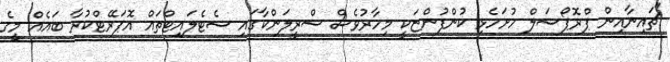
"ޗައިނާއިން ޕްރޮޕޯސަލް ހުށަހެޅި ކުންފުންޏަކީ މިހާރުވެސް ސްރީލަންކާގައި ސެޓެލައިޓްތައް އޮޕަރޭޓްކުރާ ބައެއް މީގެ